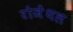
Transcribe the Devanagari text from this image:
रोजेंथल